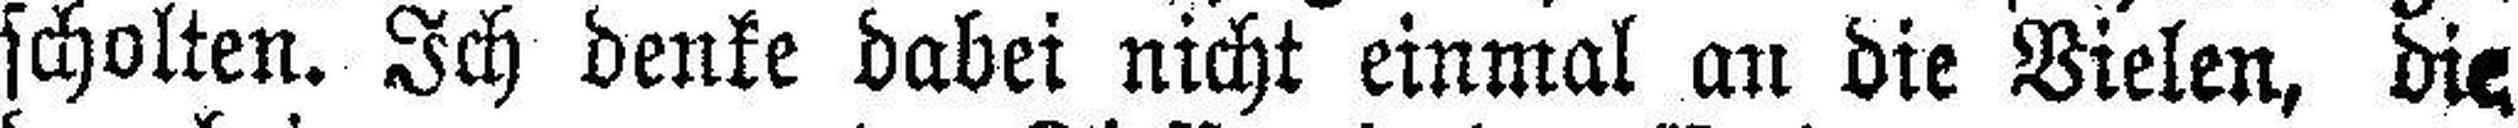
scholten. Ich denke dabei nicht einmal an die Bielen, die